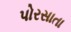
પોરસાતા